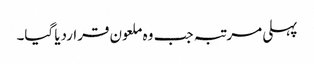
پہلی مرتبہ جب وہ ملعون قراردیا گیا۔